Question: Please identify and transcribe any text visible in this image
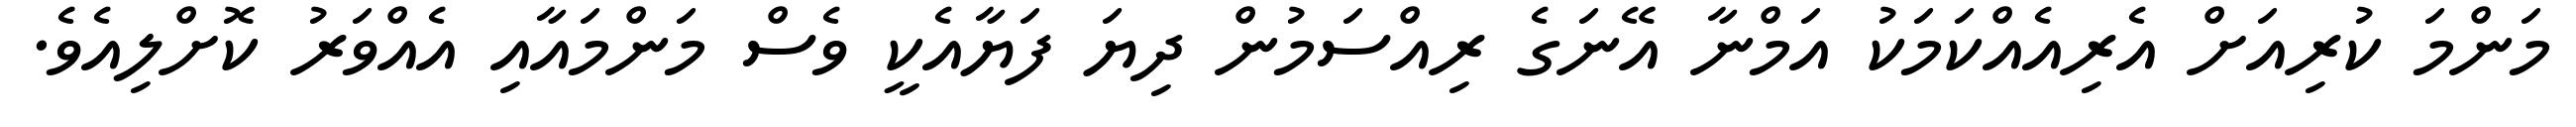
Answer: މަންމަ ކުރިއަށް އެރިއެއްކަމަކު އަމްނާ އޭނަގެ ރިއްސަމުން ދިޔަ ފަޔާއެކީ ވެސް މަންމައާއި އެއްވަރު ކޮށްލިއެވެ.